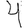
Digit: 4